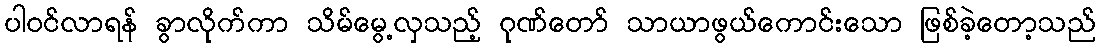
ပါဝင်လာရန် ခွာလိုက်ကာ သိမ်မွေ့လှသည့် ဂုဏ်တော် သာယာဖွယ်ကောင်းသော ဖြစ်ခဲ့တော့သည်